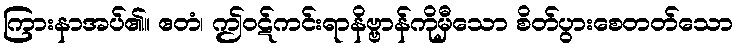
ကြားနာအပ်၏။ ဧတံ၊ ဤဝဋ်ကင်းရာနိဗ္ဗာန်ကိုမှီသော စိတ်ပွားစေတတ်သော